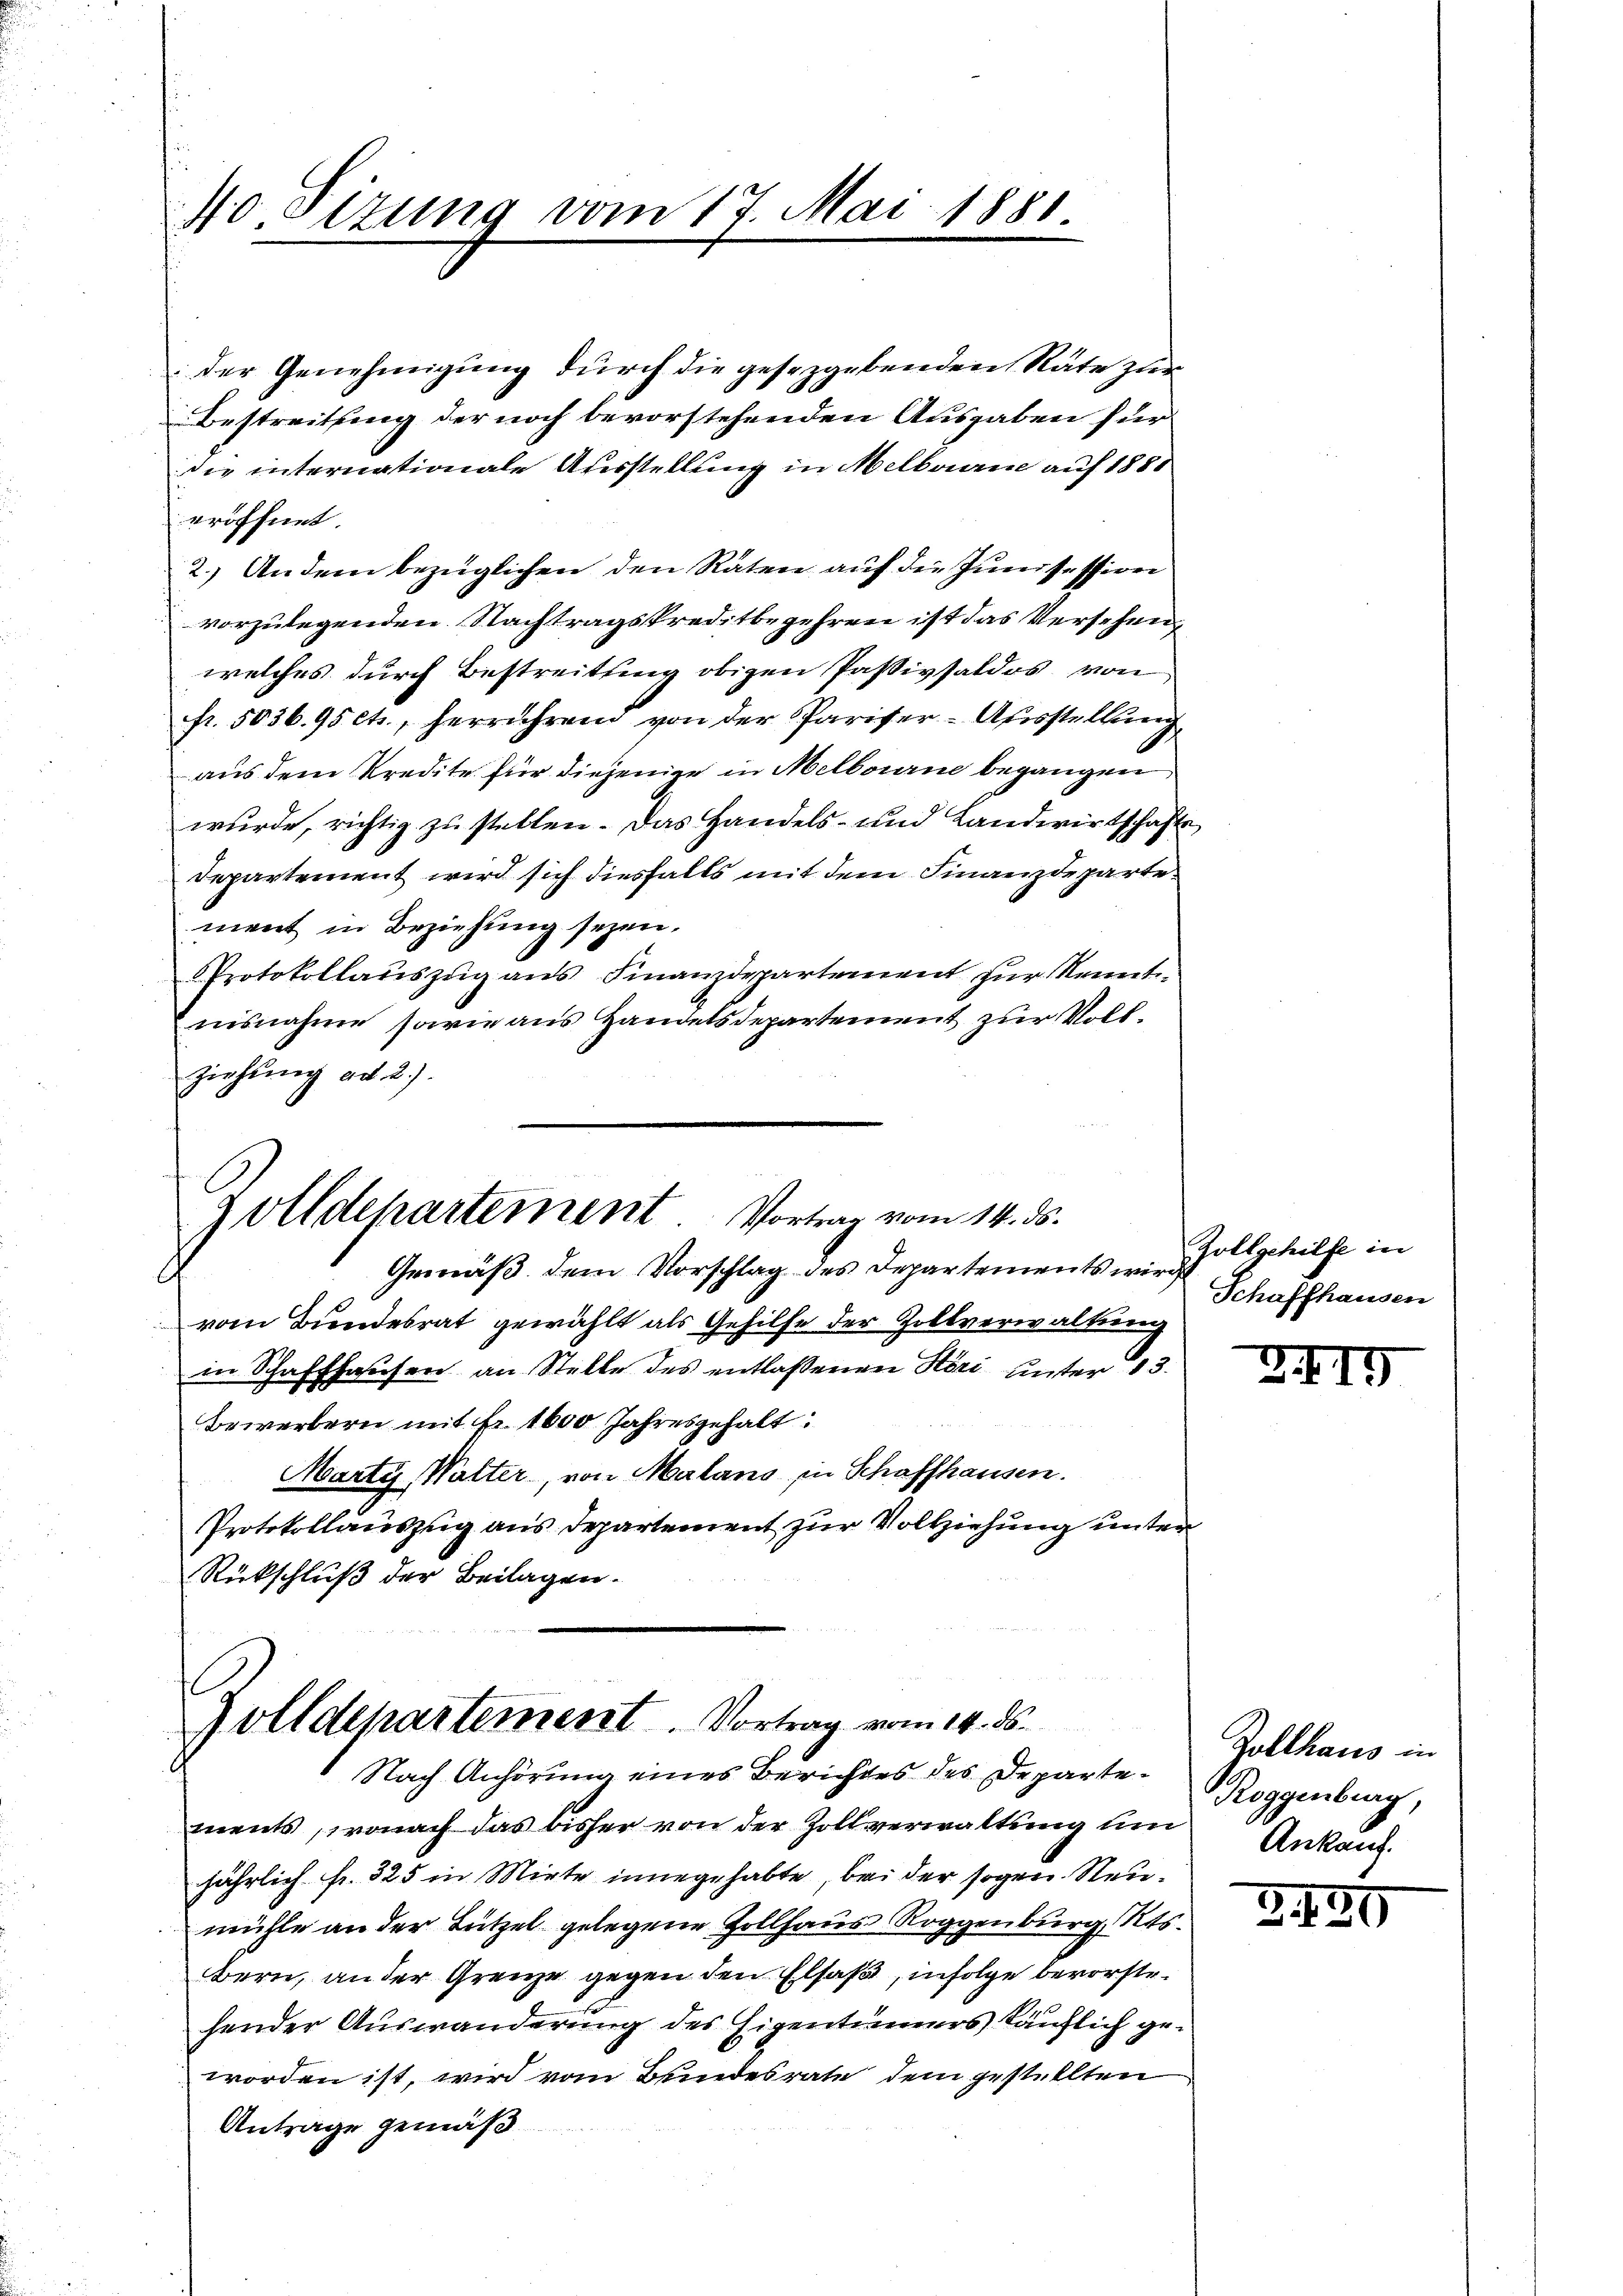
40 Sizung vom 17. Mai 1881

zolldepartement Vortrag vom 14. ds.

Gemäß dem Vorschlag des Departements wir
vom Bundesrat gewählt als Gehilfe der Zollverwaltung
in Schaffhausen an Stelle des entlaßenen Höri unter 13.
Bewerbern mit Fr. 1600 Jahresgehalt:
Marty Walter von Malans in Schaffhausen.
Protokollauszug aus Departement zur Vollziehung unter
Rückschluß der Beilagen.

der Genehmigung durch die gesezgebenden Räte zur
Bestreitung der noch bevorstehenden Ausgaben für
die internationale Ausstellung in Melborne auf 1888
eröffnet
2.) An dem bezüglichen den Räten auf die Junisession
vorzulegenden Nachtragskreditbegehren ist das Versehenwelches durch Bestreitung obigen Passivsaldos von
fr. 5036. 95 cts., herrührend von der Pariser-Ausstellung
aus dem Kredite für diejenige in Melbourne begangen
wurde, richtig zu stellen. Das Handels- und Landwirtschafts¬
Departement wird sich diesfalls mit dem Finanzdepartement in Beziehung seyen.
Protokollaŭszŭg ans Finanzdepartement zur Kenntnisnahme sowie aus Handelsdepartement zur Vollziehung ad 2.)

Zolldepartement. Vortrag vom 14. ds.
Nach Anhörung eines Berichtes des Departe¬

Zollgehilfe in
Schaffhausen

ments, wonach das bisher von der Zollverwaltung um
jährlich fr. 325 in Mirte innegehabte bei der sogen. Neumühle an der Lützel gelegene Zollhaus Roggenburg, Kts.
Bern, an der Grenze gegen den Elsaß, infolge bevorstehender Auswanderung des Eigentümers käuflich geworden ist, wird vom Bundesrate dem gestellten
Antrage gemäß

e

Zollhaus in
Roggenburg,
Ankauf.

3

419

5